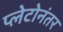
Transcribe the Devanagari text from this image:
प्लेटोनंतर